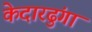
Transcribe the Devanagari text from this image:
केदारढुंगा